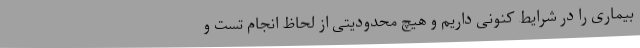
بیماری را در شرایط کنونی داریم و هیچ محدودیتی از لحاظ انجام تست و